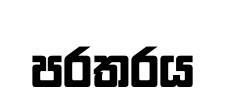
පරතරය